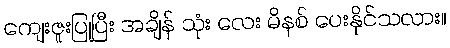
ကျေးဇူးပြုပြီး အချိန် သုံး လေး မိနစ် ပေးနိုင်သလား။